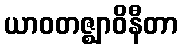
ယာဝတဇ္ဈာဝိနီတာ